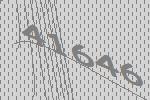
41646